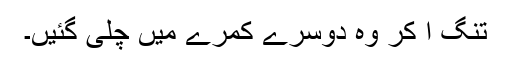
تنگ آ کر وہ دوسرے کمرے میں چلی گئیں۔